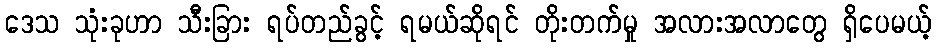
ဒေသ သုံးခုဟာ သီးခြား ရပ်တည်ခွင့် ရမယ်ဆိုရင် တိုးတက်မှု အလားအလာတွေ ရှိပေမယ့်